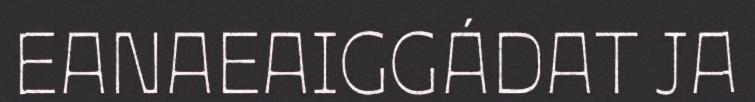
EANAEAIGGÁDAT JA